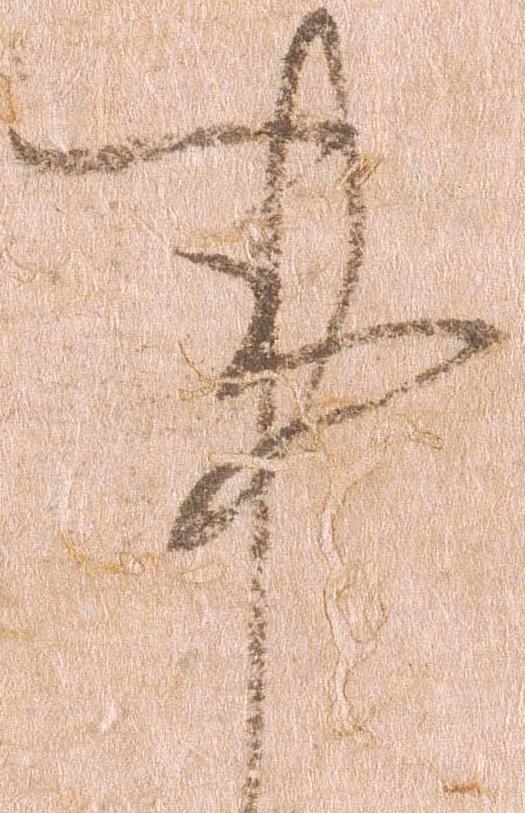
事